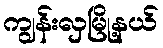
ကျွန်းလှမြို့နယ်